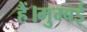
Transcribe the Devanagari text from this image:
हैं।मुम्बई